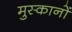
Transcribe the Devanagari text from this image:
मुस्कानों